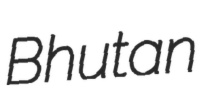
Bhutan